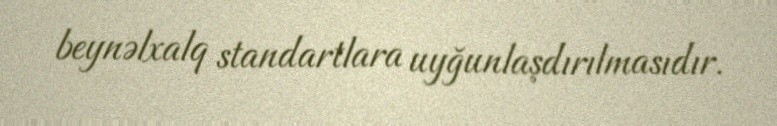
beynəlxalq standartlara uyğunlaşdırılmasıdır.